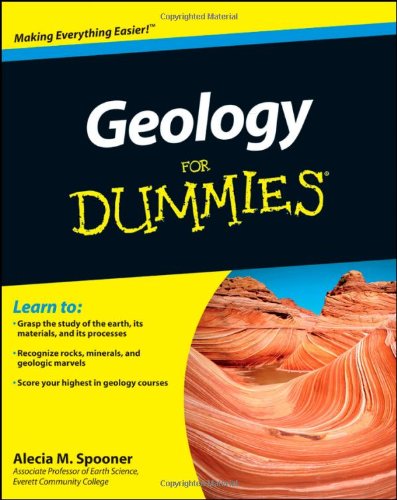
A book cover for Geology For Dummies; Alecia M. Spooner; Science & Math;